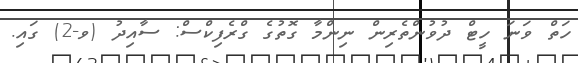
ހަތް ވަނަ ހީޓް ދުވުންތެރިން ނިންމާ ގޮތުގެ ގްރެފިކްސް: ސާއިދު (ވ-2) ގައި.